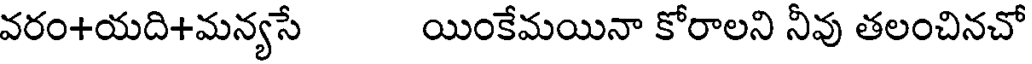
వరం+యది+మన్యసే యింకేమయినా కోరాలని నీవు తలంచినచో